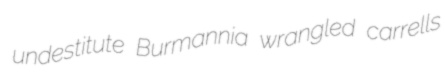
undestitute Burmannia wrangled carrells